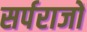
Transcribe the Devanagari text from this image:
सर्पराजों